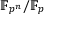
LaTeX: \mathbb { F } _ { p ^ { n } } / \mathbb { F } _ { p }